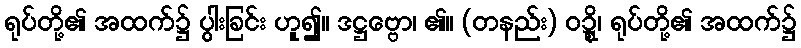
ရုပ်တို့၏ အထက်၌ ပွါးခြင်း ဟူ၍။ ဒဋ္ဌဗ္ဗော၊ ၏။ (တနည်း) ဝဍ္ဍ္ဎိ၊ ရုပ်တို့၏ အထက်၌